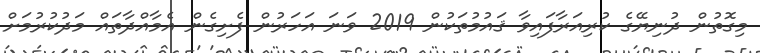
މިގޮތުން ދުނިޔޭގެ ކުރިއަރާފައިވާ ޤައުމުތަކުން 2019 ވަނަ އަހަރުން ފެށިގެން އެމާއްދާތައް މަދުކުރުމަށް